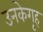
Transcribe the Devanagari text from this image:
उनकेगृह